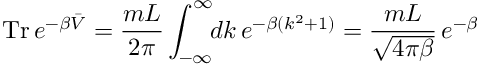
\mathrm { T r } \, e ^ { - \beta \bar { { \cal V } } } = \frac { m L } { 2 \pi } \int _ { - \infty } ^ { \infty } \! \! d k \, e ^ { - \beta ( k ^ { 2 } + 1 ) } = \frac { m L } { \sqrt { 4 \pi \beta } } \, e ^ { - \beta }